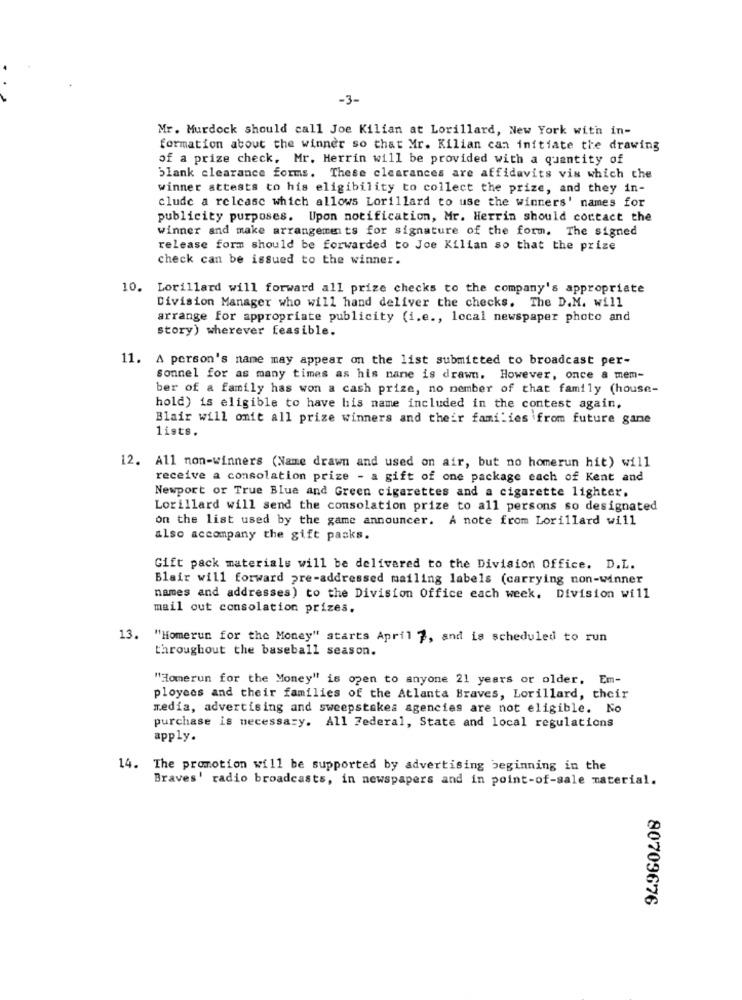
-3-
Mr. Murdock should call Joe Kilian at Lorillard, New York with in-
formation about the winner so that Mr. Kilian can initiate the drawing
of a prize check, Mr. Herrin will be provided with a quantity of
blank clearance forms. These clearances are affidavits vis which the
winner attests to his eligibility to collect the prize, and they in-
clude a release which allows Lorillard to use the winners' names for
publicity purposes. Upon notification, Mr. Herrin should contact the
winner and make arrangements for signature of the form. The signed
release form should be forwarded to Joe Kilian so that the prize
check can be issued to the winner.
10.
Lorillard will forward all prize checks to the company's appropriate
Division Manager who will hand deliver the checks. The D.M. will
arrange for appropriate publicity (i.e ., local newspaper photo and
story) wherever feasible.
11. A person's name may appear on the list submitted to broadcast per-
sonnel for as many times as his name is drawn. However, once & mem-
ber of a family has won a cash prize, no member of that family (house-
hold) is eligible to have his name included in the contest again.
Blair will onit all prize winners and their families from future gane
lists.
12. All non-winners (Name drawn and used on air, but no homerun hit) will
receive a consolation prize - a gift of one package each of Kent and
Newport or True Blue and Green cigarettes and a cigarette lighter.
Lorillard will send the consolation prize to all persons so designated
on the list used by the game announcer. A note from Lorillard will
also accompany the gift packs.
Gift pack materials will be delivered to the Division Office. D.L.
Blair will forward pre-addressed mailing labels (carrying non-winner
names and addresses) to the Division Office each week. Division will
mail out consolation prizes.
13. "Homerun for the Money" starts April 7, and is scheduled to run
throughout the baseball season.
"Homerun for the Money" is open to anyone 21 years or older, Em-
ployees and their families of the Atlanta Braves, Lorillard, their
media, advertising and sweepstakes agencies are not eligible. No
purchase is necessary. All Federal, State and local regulations
apply.
14. The promotion will be supported by advertising beginning in the
Braves' radio broadcasts, in newspapers and in point-of-sale material.
80709676